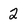
Character: 2